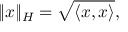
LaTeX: \| x \| _ { H } = { \sqrt { \langle x , x \rangle } } ,